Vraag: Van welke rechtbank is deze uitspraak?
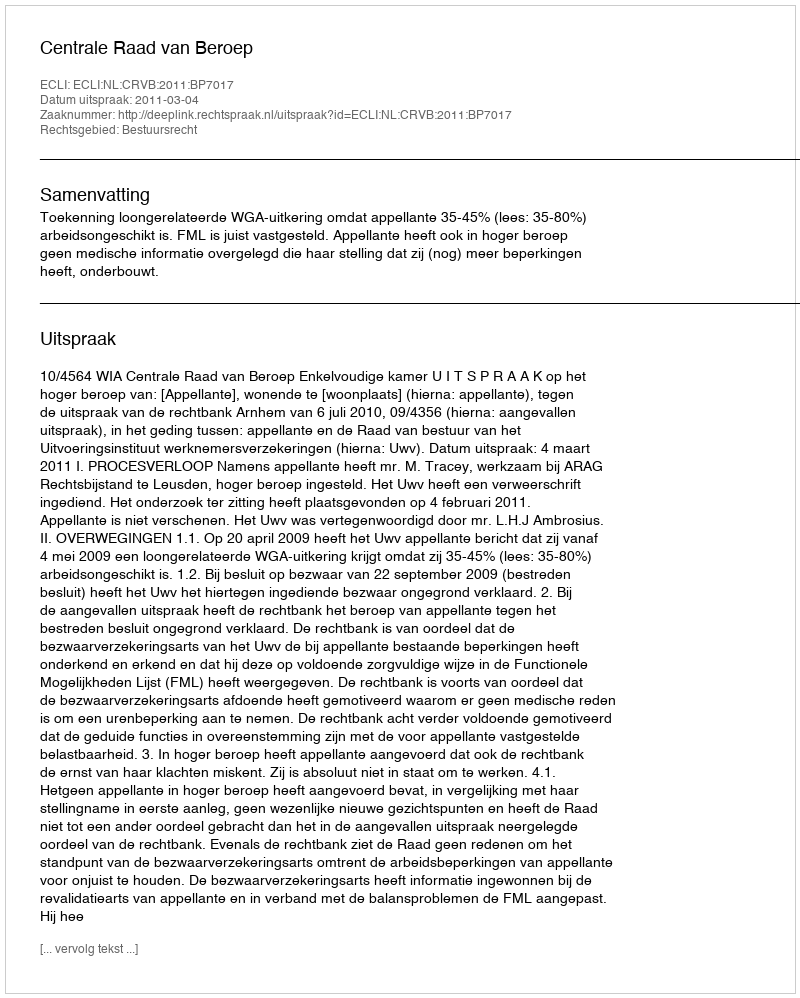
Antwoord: Centrale Raad van Beroep